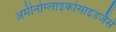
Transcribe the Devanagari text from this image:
अमीनोग्लाइकोसाइडजैसे